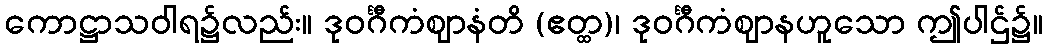
ကောဋ္ဌာသဝါရ၌လည်း။ ဒုဝင်္ဂီကံဈာနံတိ (ဧတ္ထ)၊ ဒုဝင်္ဂီကံဈာနဟူသော ဤပါဌ်၌။